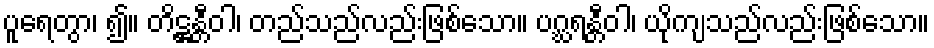
ပူရေတွာ၊ ၍။ တိဋ္ဌန္တီဝါ၊ တည်သည်လည်းဖြစ်သော။ ပဂ္ဃရန္တီဝါ၊ ယိုကျသည်လည်းဖြစ်သော။